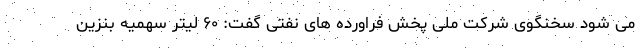
می شود سخنگوی شرکت ملی پخش فراورده های نفتی گفت: ۶۰ لیتر سهمیه بنزین